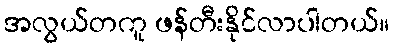
အလွယ်တကူ ဖန်တီးနိုင်လာပါတယ်။